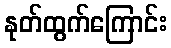
နုတ်ထွက်ကြောင်း